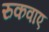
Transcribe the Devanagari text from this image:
रुकवाए